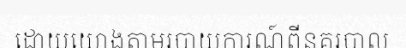
ដោយយោងតាមរបាយការណ៍ពីនគរបាល